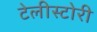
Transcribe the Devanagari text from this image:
टेलीस्टोरी